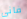
فانى